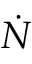
\dot { N }